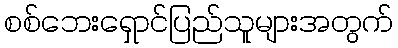
စစ်ဘေးရှောင်ပြည်သူများအတွက်